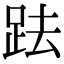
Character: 䟩